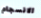
الانسجام